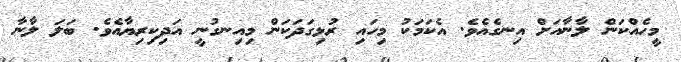
މީހެއްކަން ލާނާއަށް އިނގެއެވެ. އެކަމަކު މިހައި ރުޅިގަދަކަން މިއިނގުނީ އަދިކިރިޔާއެވެ. ބަލަ ލާނާ